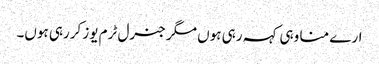
ارے منا وہی کہہ رہی ہوں مگر جنرل ٹرم یوز کررہی ہوں۔